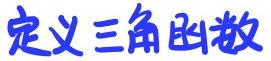
定义三角函数